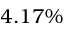
4 . 1 7 \%